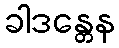
ခါဒန္တေန